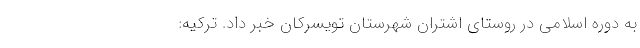
به دوره اسلامی در روستای اشتران شهرستان تویسرکان خبر داد. ترکیه: